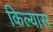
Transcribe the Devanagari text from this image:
किल्यास